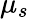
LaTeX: \mu_{s}